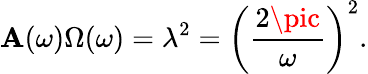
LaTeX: \mathbf{A}(\omega)\Omega(\omega)=\lambda^{2}=\left(\frac{{2\pic}}{{\omega}}\right)^{2}.